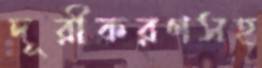
দূরীকরণসহ